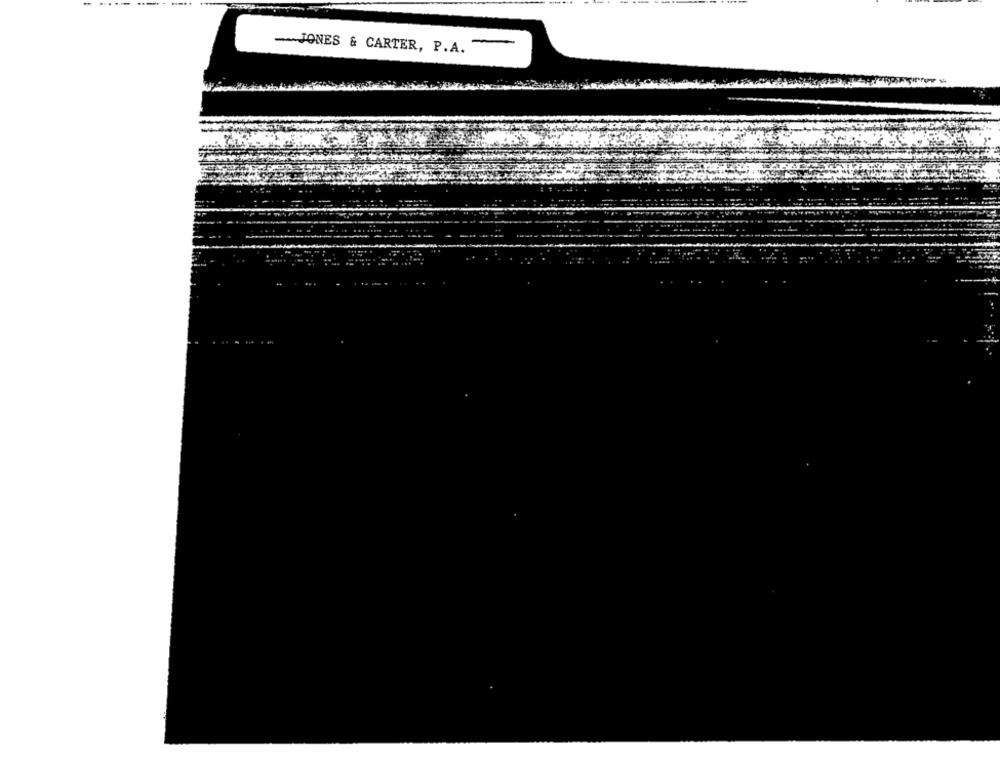
-
-~ JONES & CARTER, P.A.